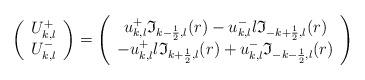
LaTeX: \begin{align*}\left( \begin{array}{c}U^{+}_{k,l}\\U^{-}_{k,l}\end{array} \right)=\left( \begin{array}{c}u_{k,l}^{+}\mathfrak{I}_{k-\frac{1}{2},l}(r)-u_{k,l}^{-}l\mathfrak{I}_{-k+\frac{1}{2},l}(r)\\-u^{+}_{k,l}l\mathfrak{I}_{k+\frac{1}{2},l}(r)+u^{-}_{k,l}\mathfrak{I}_{-k-\frac{1}{2},l}(r)\end{array} \right)\end{align*}